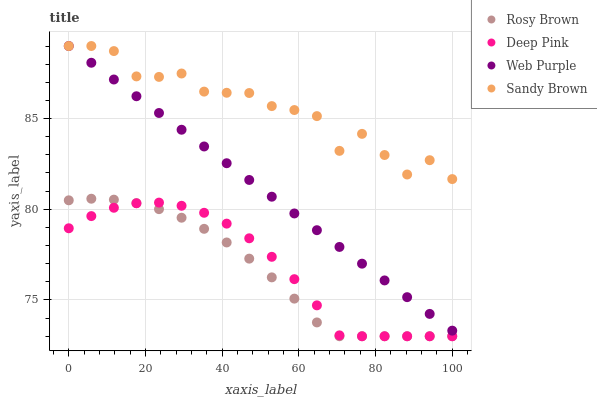
| xaxis_label | Rosy Brown | Deep Pink | Web Purple | Sandy Brown |
 | --- | --- | --- | --- | --- |
 | 0 | 80.5 | 79 | 89 | 89 |
 | 5.88 | 80.6 | 79.6 | 88.1 | 89 |
 | 11.8 | 80.5 | 80.1 | 87.2 | 88.7 |
 | 17.6 | 80.3 | 80.3 | 86.2 | 87.3 |
 | 23.5 | 80 | 80.4 | 85.3 | 87.3 |
 | 29.4 | 79.5 | 80.2 | 84.4 | 87.5 |
 | 35.3 | 78.9 | 79.8 | 83.5 | 86.5 |
 | 41.2 | 78.2 | 79.2 | 82.5 | 86.4 |
 | 47.1 | 77.3 | 78.4 | 81.6 | 86.4 |
 | 52.9 | 76.2 | 77.4 | 80.7 | 85.7 |
 | 58.8 | 75.1 | 76.1 | 79.8 | 85.5 |
 | 64.7 | 73.8 | 74.7 | 78.8 | 85.1 |
 | 70.6 | 73 | 73 | 77.9 | 83.2 |
 | 76.5 | 73 | 73 | 77 | 84.2 |
 | 82.4 | 73 | 73 | 76.1 | 83 |
 | 88.2 | 73 | 73 | 75.2 | 81.9 |
 | 94.1 | 73 | 73 | 74.2 | 82.7 |
 | 100 | 73 | 73 | 73.3 | 81.7 |